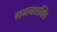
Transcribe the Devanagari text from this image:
गमनशक्ति